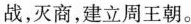
战，灭商，建立周王朝。